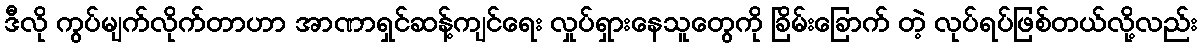
ဒီလို ကွပ်မျက်လိုက်တာဟာ အာဏာရှင်ဆန့်ကျင်ရေး လှုပ်ရှားနေသူတွေကို ခြိမ်းခြောက် တဲ့ လုပ်ရပ်ဖြစ်တယ်လို့လည်း